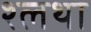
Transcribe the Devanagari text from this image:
श्लथा